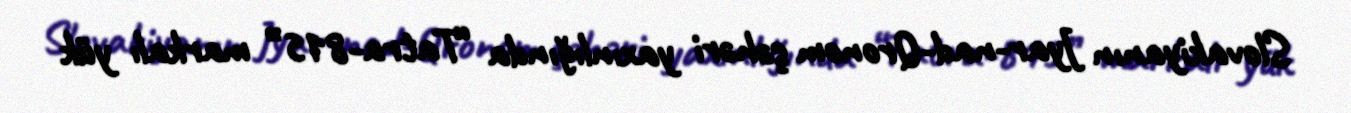
Slovakiyanın Jyar-nad-Qronom şəhəri yaxınlığında “Tatra-815” markalı yük